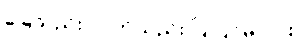
ခြေသည်း လက်သည်း ပြုပြင်မလား။